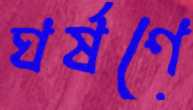
ঘর্ষণে